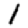
Digit: 1